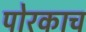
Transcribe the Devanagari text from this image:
पोरकाच